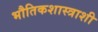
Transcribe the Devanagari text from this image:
भौतिकशास्त्राशी